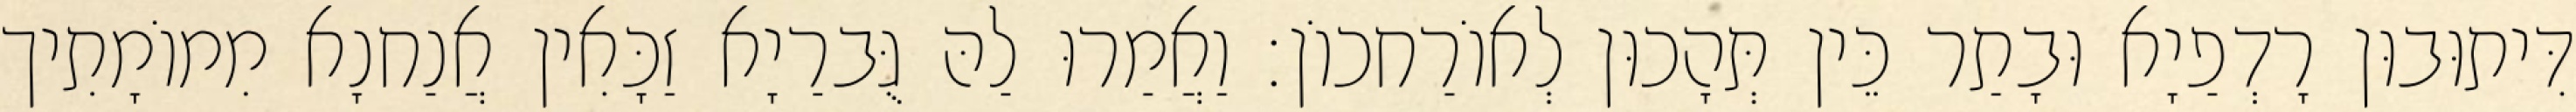
דִּיתוּבוּן רָדְפַיָא וּבָתַר כֵּין תְּהָכוּן לְאוֹרַחכוֹן׃ וַאֲמַרוּ לַהּ גֻּברַיָא זַכָּאִין אֲנַחנָא מִמוֹמָתִיך